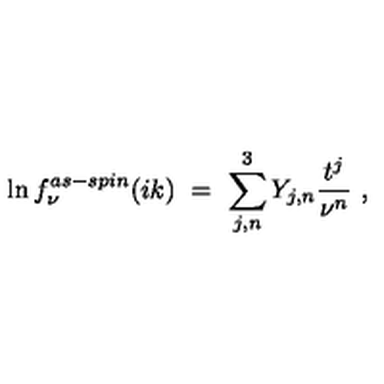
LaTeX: \ln f _ { \nu } ^ { a s - s p i n } ( i k ) \ = \ \sum _ { j , n } ^ { 3 } Y _ { j , n } \frac { t ^ { j } } { \nu ^ { n } } \ ,